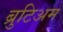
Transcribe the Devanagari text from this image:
ब्रुटिअम